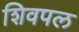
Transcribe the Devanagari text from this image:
शिवपल